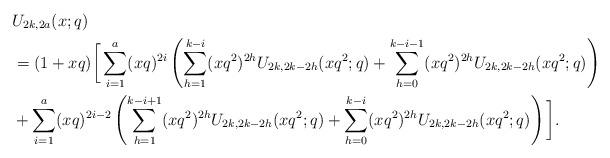
LaTeX: \begin{align*}&U_{2k,2a}(x;q)\\&=(1+xq)\bigg[\sum_{i=1}^a(xq)^{2i}\left(\sum_{h=1}^{k-i}(xq^2)^{2h}U_{2k,2k-2h}(xq^2;q)+\sum_{h=0}^{k-i-1}(xq^2)^{2h}U_{2k,2k-2h}(xq^2;q)\right)\\&+\sum_{i=1}^{a}(xq)^{2i-2}\left(\sum_{h=1}^{k-i+1}(xq^2)^{2h}U_{2k,2k-2h}(xq^2;q)+\sum_{h=0}^{k-i}(xq^2)^{2h}U_{2k,2k-2h}(xq^2;q)\right)\bigg].\end{align*}